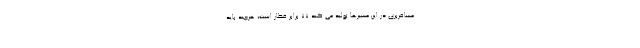
مسافربری در این مسیرها تولید می کند ۷۷ برابر قطار است، هرچند باید